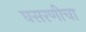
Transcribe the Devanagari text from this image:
घसरणीचा